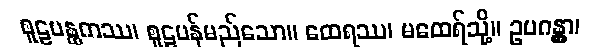
စူဠပန္ထကဿ၊ စူဠပန်မည်သော။ ထေရဿ၊ မထေရ်သို့။ ဥပဂန္တွာ၊